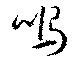
鳴